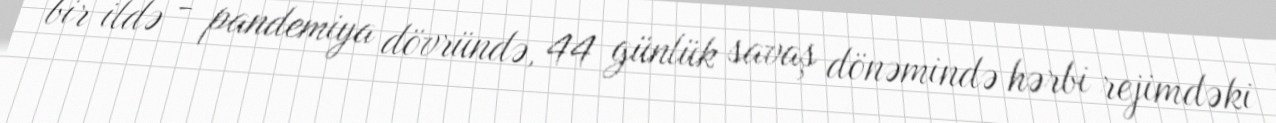
bir ildə - pandemiya dövründə, 44 günlük savaş dönəmində hərbi rejimdəki